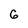
Character: 6